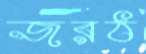
জরঠ